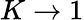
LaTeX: K\rightarrow 1